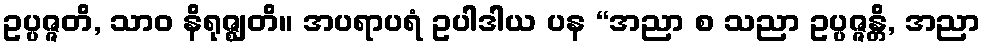
ဥပ္ပဇ္ဇတိ, သာဝ နိရုဇ္ဈတိ။ အပရာပရံ ဥပါဒါယ ပန “အညာ စ သညာ ဥပ္ပဇ္ဇန္တိ, အညာ